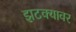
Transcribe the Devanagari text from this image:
झटक्यावर